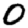
Digit: 0